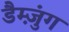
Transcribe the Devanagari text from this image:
डैम्ज़ुंग